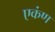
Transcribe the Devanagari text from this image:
एकंण